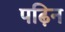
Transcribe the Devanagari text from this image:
पढ़िन